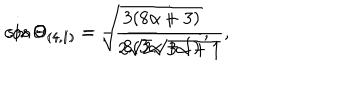
LaTeX: \cos \Theta _ { ( 4 , 1 ) } = - \frac { i } { 2 \sqrt { 2 } \sqrt { 3 \alpha + 1 } } , \hspace { 1 c m } \sin \Theta _ { ( 4 , 1 ) } = \sqrt { \frac { 3 ( 8 \alpha + 3 ) } { 8 ( 3 \alpha + 1 ) } } ,